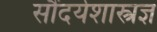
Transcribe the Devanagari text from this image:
सौंदर्यशास्त्रज्ञ